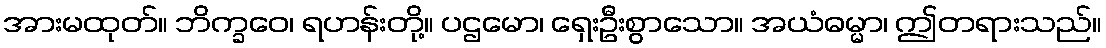
အားမထုတ်။ ဘိက္ခဝေ၊ ရဟန်းတို့။ ပဌမော၊ ရှေးဦးစွာသော။ အယံဓမ္မာ၊ ဤတရားသည်။